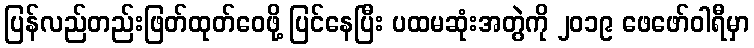
ပြန်လည်တည်းဖြတ်ထုတ်ဝေဖို့ ပြင်နေပြီး ပထမဆုံးအတွဲကို ၂၀၁၉ ဖေဖော်ဝါရီမှာ